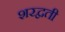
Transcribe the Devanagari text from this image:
शरद्वती